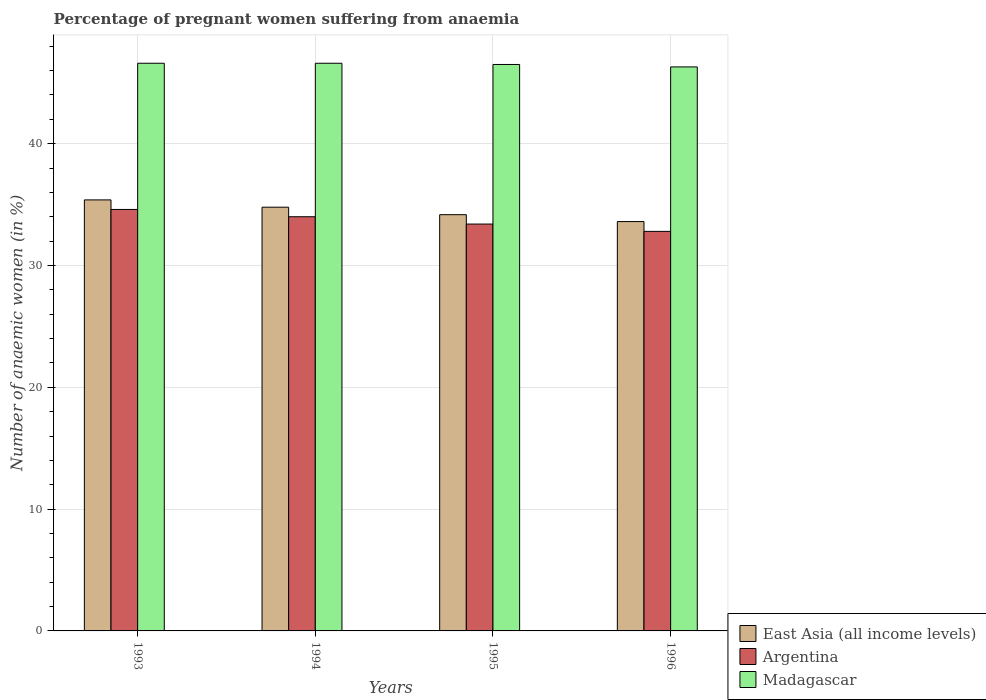
| Years | East Asia (all income levels) | Argentina | Madagascar |
 | --- | --- | --- | --- |
 | 1993 | 35.4 | 34.6 | 46.6 |
 | 1994 | 34.8 | 34 | 46.6 |
 | 1995 | 34.2 | 33.4 | 46.5 |
 | 1996 | 33.6 | 32.8 | 46.3 |